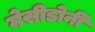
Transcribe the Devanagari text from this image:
मेसीडोनी